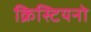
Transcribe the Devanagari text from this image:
क्रिस्टियनो